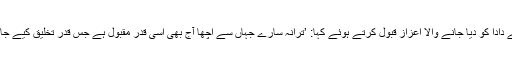
ولید اقبال نے اپنے دادا کو دیا جانے والا اعزاز قبول کرتے ہوئے کہا: ’ترانہ سارے جہاں سے اچھا آج بھی اسی قدر مقبول ہے جس قدر تخلیق کیے جانے کے وقت تھا۔